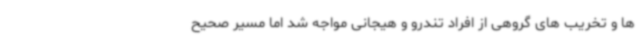
ها و تخریب های گروهی از افراد تندرو و هیجانی مواجه شد اما مسیر صحیح